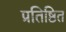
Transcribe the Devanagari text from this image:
प्रतिष्ठित